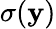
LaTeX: \sigma(\mathbf{y})